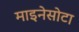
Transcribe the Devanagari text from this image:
माइनेसोटा